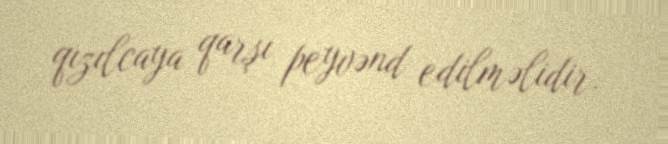
qızılcaya qarşı peyvənd edilməlidir.